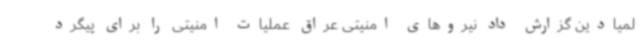
لمیادین گزارش داد نیروهای امنیتی عراق عملیات امنیتی را برای پیگرد